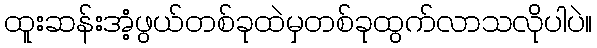
ထူးဆန်းအံ့ဖွယ်တစ်ခုထဲမှတစ်ခုထွက်လာသလိုပါပဲ။